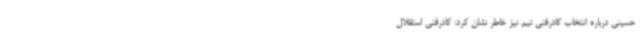
حسینی درباره انتخاب کادرفنی تیم نیز خاطر نشان کرد: کادرفنی استقلال